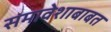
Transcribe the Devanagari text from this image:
समावेशाबाबत